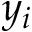
y _ { i }